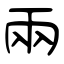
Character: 兩